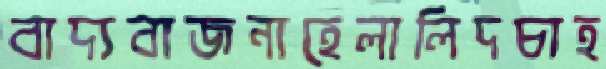
বাদ্যবাজনাহেলালিদচাহ